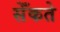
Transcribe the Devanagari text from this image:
सेँकते